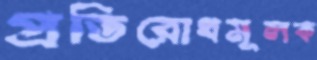
প্রতিরোধমূলক